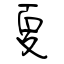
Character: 夏